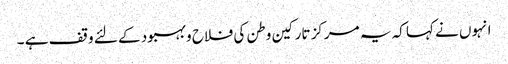
انہوں نے کہا کہ یہ مرکز تارکین وطن کی فلاح و بہبود کے لئے وقف ہے ۔